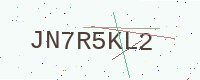
Text: JN7R5KL2